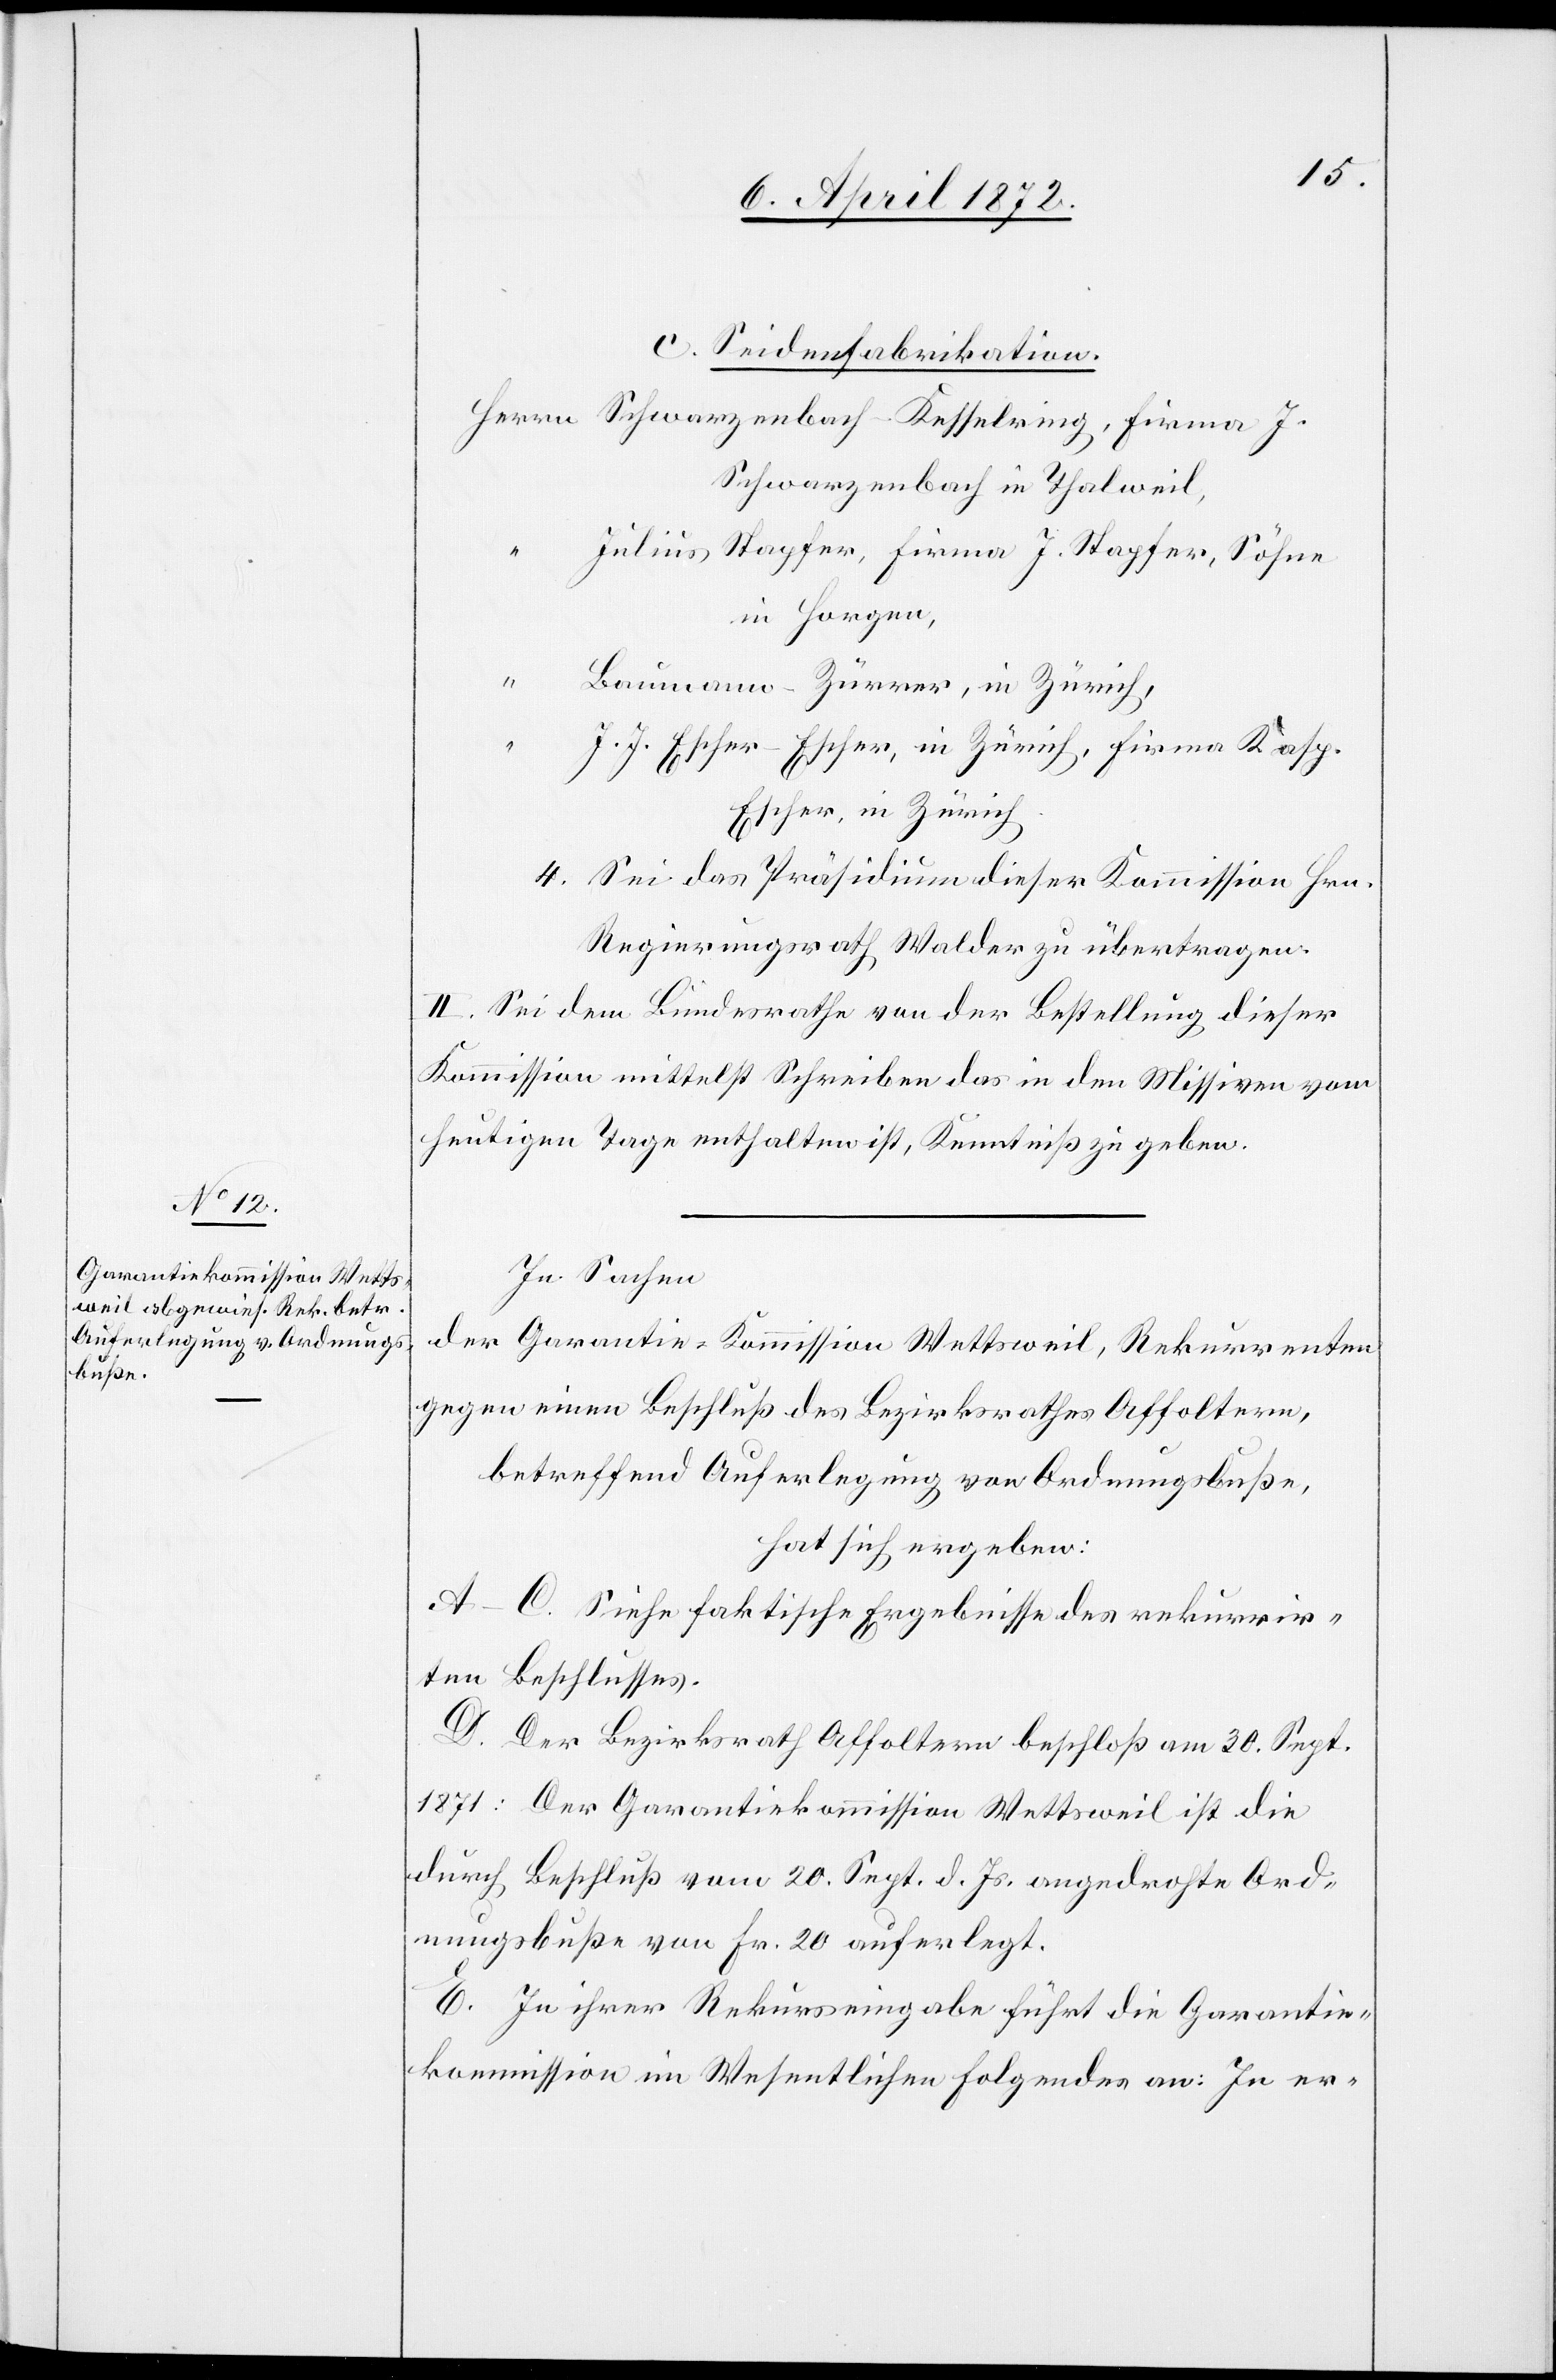
c. Seidenfabrikation.
Schwarzenbach in Thalweil,
Julius Stapfer, Firma J. Stapfer, Söhne
in Horgen,
Baumann-Zürrer, in Zürich,
J. J. Escher-Escher, in Zürich, Firma Kasp.
Escher, in Zürich
4. Sei das Präsidium dieser Kommission Hrn.
Regierungsrath Walder zu übertragen.
II. Sei dem Bundesrathe von der Bestellung dieser
Kommission mittelst Schreiben das in den Missiven vom
heutigen Tage enthalten ist, Kenntniß zu geben.
In Sachen
der Garantie-Kommission Wettsweil, Rekurrenten
gegen einen Beschluß des Bezirksrathes Affoltern,
betreffend Auferlegung von Ordnungsbuße,
hat sich ergeben:
A.–C. Siehe faktische Ergebnisse des rekurrir¬
ten Beschlusses.
D. Der Bezirksrath Affoltern beschloß am 30. Sept.
1871: Der Garantiekommission Wettsweil ist die
durch Beschluß vom 20. Sept. d. Js. angedrohte Ord¬
nungsbuße von Fr. 20 auferlegt.
E. In ihrer Rekurseingabe führt die Garantie¬
kommission im Wesentlichen an: In er-